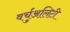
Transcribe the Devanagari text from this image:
वर्चुअलिटी